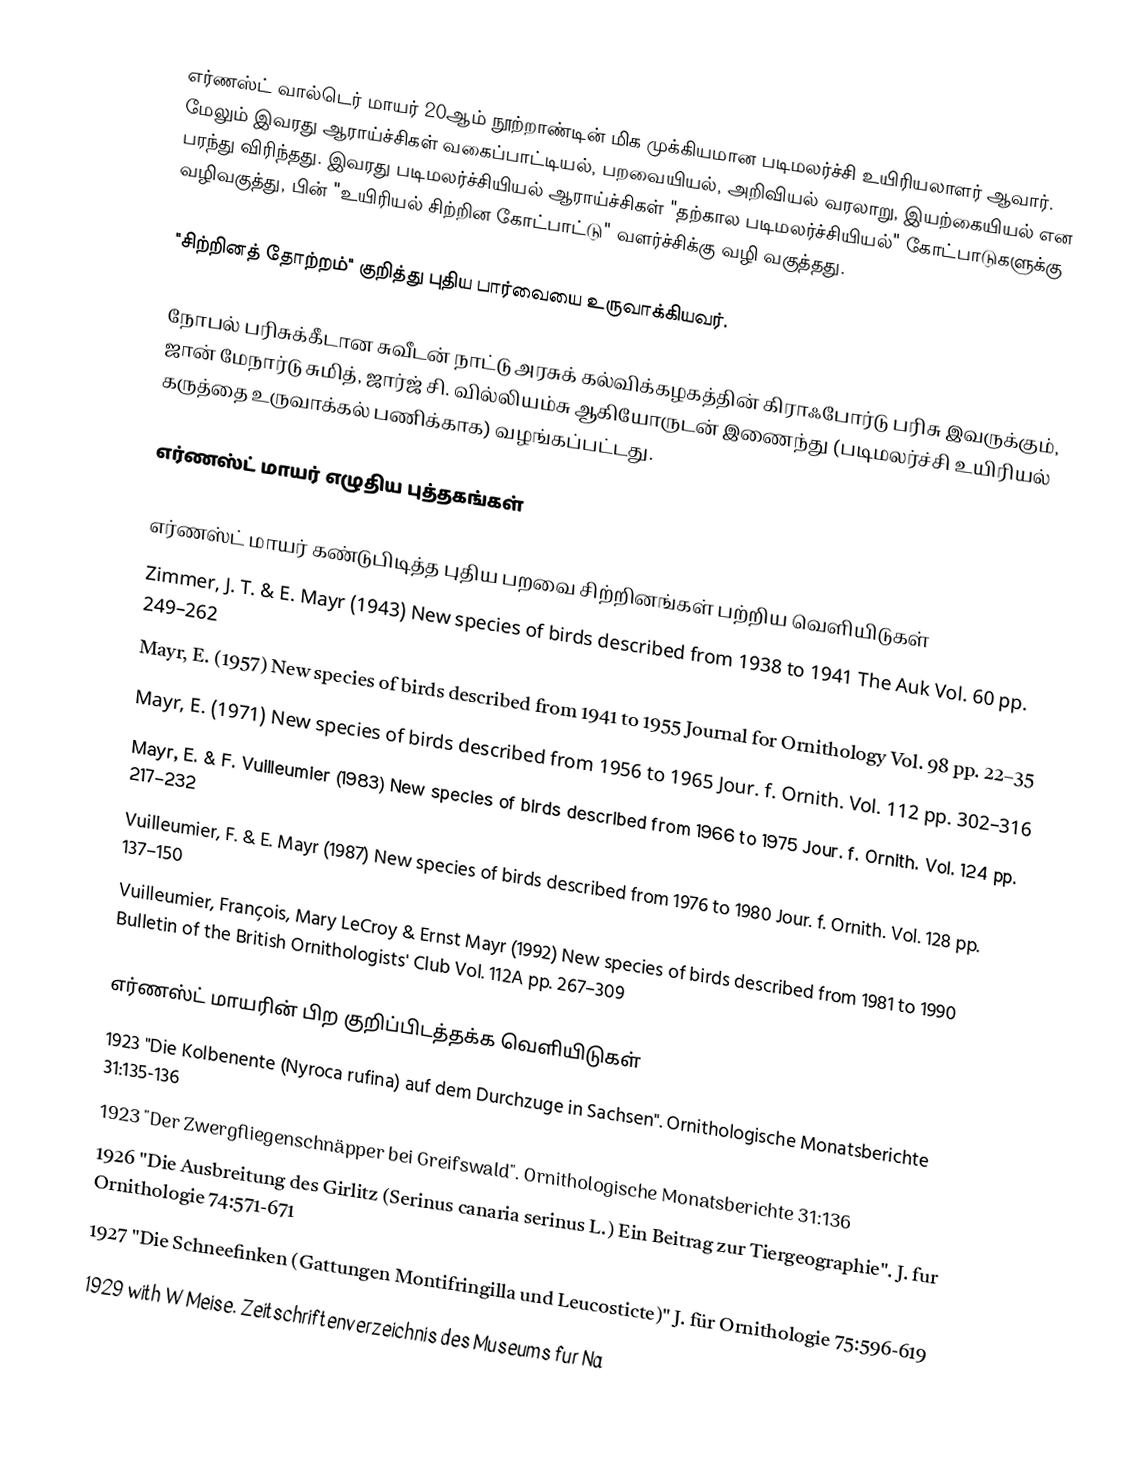
எர்ணஸ்ட் வால்டெர் மாயர் 20ஆம் நூற்றாண்டின் மிக முக்கியமான படிமலர்ச்சி உயிரியலாளர் ஆவார். மேலும் இவரது ஆராய்ச்சிகள் வகைப்பாட்டியல், பறவையியல், அறிவியல் வரலாறு, இயற்கையியல் என பரந்து விரிந்தது. இவரது படிமலர்ச்சியியல் ஆராய்ச்சிகள் "தற்கால படிமலர்ச்சியியல்" கோட்பாடுகளுக்கு வழிவகுத்து, பின் "உயிரியல் சிற்றின கோட்பாட்டு" வளர்ச்சிக்கு வழி வகுத்தது.

"சிற்றினத் தோற்றம்" குறித்து புதிய பார்வையை உருவாக்கியவர்.

நோபல் பரிசுக்கீடான சுவீடன் நாட்டு அரசுக் கல்விக்கழகத்தின் கிராஃபோர்டு பரிசு இவருக்கும், ஜான் மேநார்டு சுமித், ஜார்ஜ் சி. வில்லியம்சு ஆகியோருடன் இணைந்து (படிமலர்ச்சி உயிரியல் கருத்தை உருவாக்கல் பணிக்காக)  வழங்கப்பட்டது.

எர்ணஸ்ட் மாயர் எழுதிய புத்தகங்கள்

எர்ணஸ்ட் மாயர் கண்டுபிடித்த புதிய பறவை சிற்றினங்கள் பற்றிய வெளியிடுகள்
 Zimmer, J. T. & E. Mayr (1943) New species of birds described from 1938 to 1941 The Auk Vol. 60 pp. 249–262
 Mayr, E. (1957) New species of birds described from 1941 to 1955 Journal for Ornithology Vol. 98 pp. 22–35
 Mayr, E. (1971) New species of birds described from 1956 to 1965 Jour. f. Ornith. Vol. 112 pp. 302–316
 Mayr, E. & F. Vuilleumier (1983) New species of birds described from 1966 to 1975 Jour. f. Ornith. Vol. 124 pp. 217–232
 Vuilleumier, F. & E. Mayr (1987) New species of birds described from 1976 to 1980 Jour. f. Ornith. Vol. 128 pp. 137–150
 Vuilleumier, François, Mary LeCroy & Ernst Mayr (1992) New species of birds described from 1981 to 1990 Bulletin of the British Ornithologists' Club Vol. 112A pp. 267–309

எர்ணஸ்ட் மாயரின் பிற குறிப்பிடத்தக்க வெளியிடுகள்
1923 "Die Kolbenente (Nyroca rufina) auf dem Durchzuge in Sachsen". Ornithologische Monatsberichte 31:135-136
1923 "Der Zwergfliegenschnäpper bei Greifswald". Ornithologische Monatsberichte 31:136
1926 "Die Ausbreitung des Girlitz (Serinus canaria serinus L.) Ein Beitrag zur Tiergeographie". J. fur Ornithologie 74:571-671
1927 "Die Schneefinken (Gattungen Montifringilla und Leucosticte)" J. für Ornithologie 75:596-619
1929 with W Meise. Zeitschriftenverzeichnis des Museums fur Na